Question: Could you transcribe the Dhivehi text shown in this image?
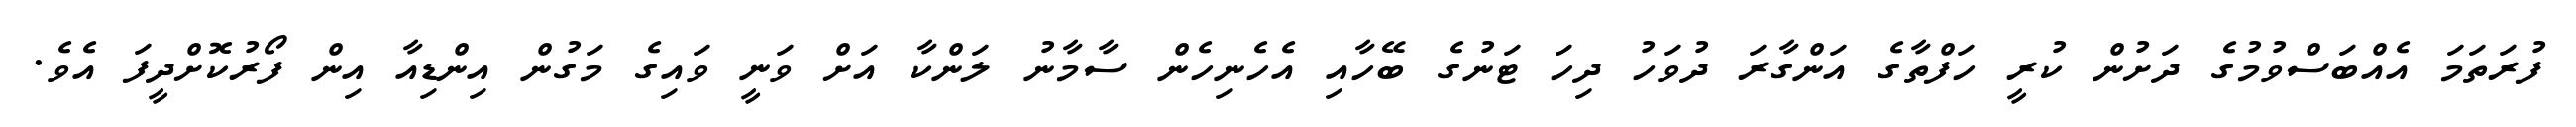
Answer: ފުރަތަމަ އެއްބަސްވުމުގެ ދަށުން ކުރީ ހަފްތާގެ އަންގާރަ ދުވަހު ދިހަ ޓަނުގެ ބޭހާއި އެހެނިހެން ސާމާނު ލަންކާ އަށް ވަނީ ވައިގެ މަގުން އިންޑިއާ އިން ފޯރުކޮށްދީފަ އެވެ.